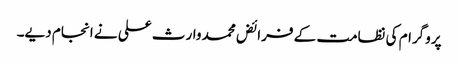
پروگرام کی نظامت کے فرائض محمد وارث علی نے انجام دیے۔